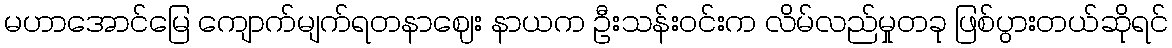
မဟာအောင်မြေ ကျောက်မျက်ရတနာဈေး နာယက ဦးသန်းဝင်းက လိမ်လည်မှုတခု ဖြစ်ပွားတယ်ဆိုရင်